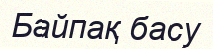
Байпақ басу